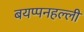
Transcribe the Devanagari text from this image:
बयप्पनहल्ली